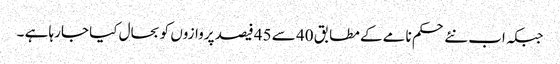
جبکہ اب نئے حکم نامے کے مطابق 40 سے 45 فیصد پروازوں کو بحال کیا جارہا ہے ۔